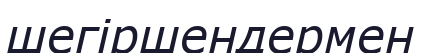
шегіршендермен